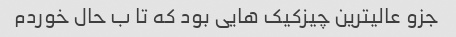
جزو عالیترین چیزکیک هایی بود که تا ب حال خوردم